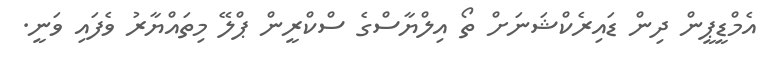
އެމްޑީޕީން ދިން ޑައިރެކްޝަނަށް ތޯ އިލްޔާސްގެ ސްކްރީން ޕްލޭ މިތައްޔާރު ވެފައި ވަނީ.